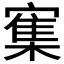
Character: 𰍜